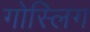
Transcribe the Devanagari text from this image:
गोस्लिग